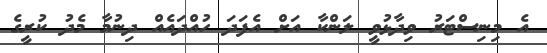
އެ މިނިސްޓަރު ވިދާޅުވީ ލަންކާ އަށް އެފަދަ ހުއްދައެއް ދިނުމާ މެދު ކުރީގެ